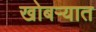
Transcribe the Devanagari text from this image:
खोबऱ्यात